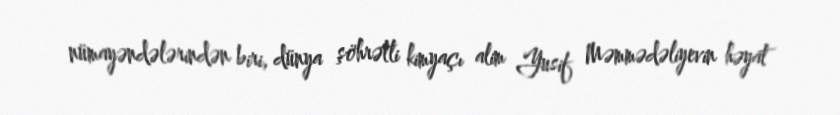
nümayəndələrindən biri, dünya şöhrətli kimyaçı alim Yusif Məmmədəliyevin həyat